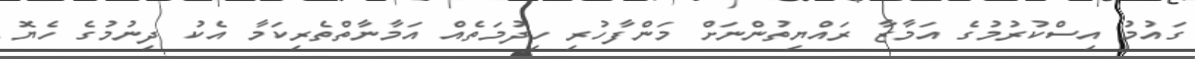
ގައުމު އިސްކުރުމުގެ އަމާޒާ ރައްޔިތުންނަށް މަންފާހުރި ހިދުމަތެއް އަމާނާތްތެރިކަމާ އެކު ދިނުމުގެ ހެޔޮ